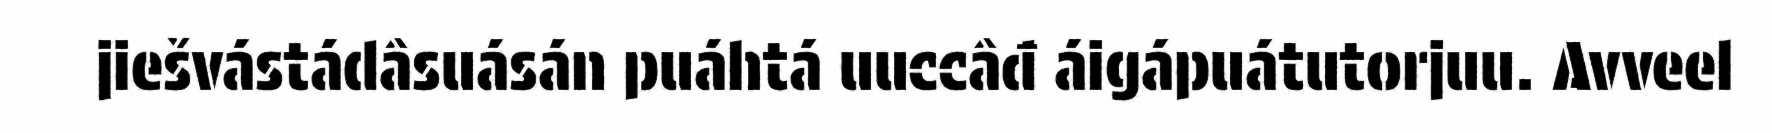
jiešvástádâsuásán puáhtá uuccâđ áigápuátutorjuu. Avveel